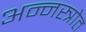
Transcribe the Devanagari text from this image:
अन्नस्त्रोत